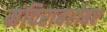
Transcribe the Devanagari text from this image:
मंदिराबरोबर